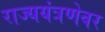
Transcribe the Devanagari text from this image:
राज्ययंत्रणेवर